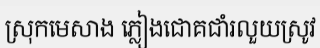
ស្រុកមេសាង ភ្លៀងជោគជាំរលួយស្រូវ